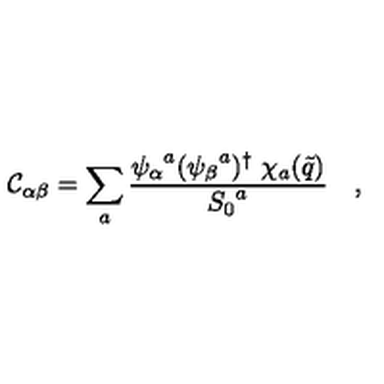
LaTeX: { \cal C } _ { \alpha \beta } = \sum _ { a } { \frac { { \psi _ { \alpha } } ^ { a } ( { \psi _ { \beta } } ^ { a } ) ^ { \dagger } \ \chi _ { a } ( \tilde { q } ) } { { S _ { 0 } } ^ { a } } } \quad ,